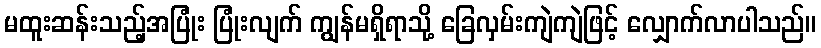
မထူးဆန်းသည့်အပြုံး ပြုံးလျက် ကျွန်မရှိရာသို့ ခြေလှမ်းကျဲကျဲဖြင့် လျှောက်လာပါသည်။